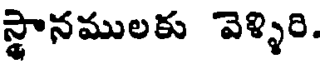
స్థానములకు వెళ్ళిరి.